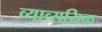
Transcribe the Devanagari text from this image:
व्याव्सयिक